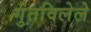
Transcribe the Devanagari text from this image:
गुंतविलेले